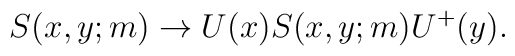
S(x,y;m)\rightarrow U(x)S(x,y;m)U^{+}(y).